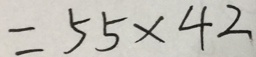
= 5 5 \times 4 2